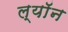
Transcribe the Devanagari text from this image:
ल्याॅन